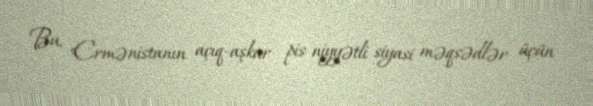
Bu, Ermənistanın açıq-aşkar pis niyyətli siyasi məqsədlər üçün